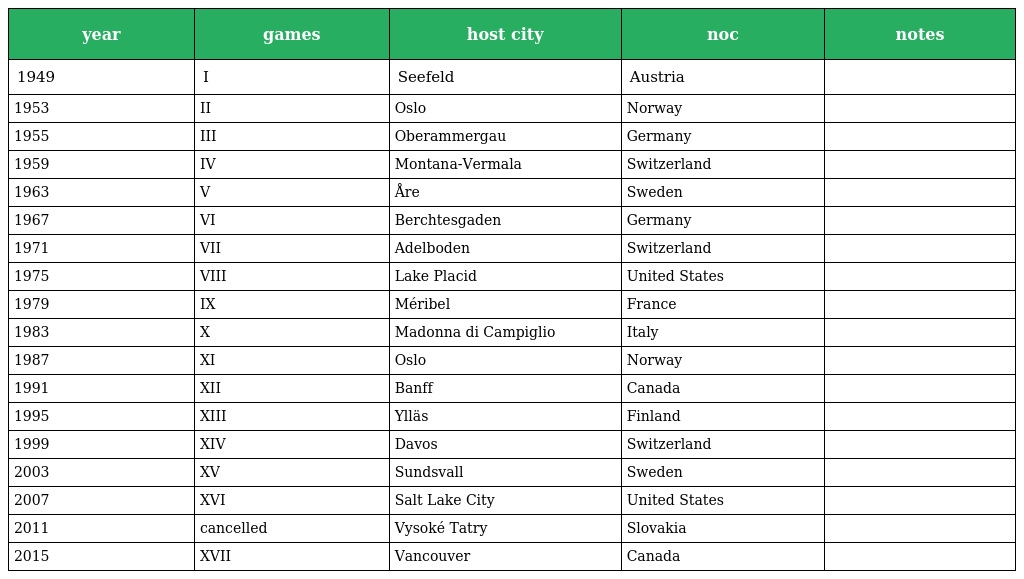
| year | games | host city | noc | notes |
 | --- | --- | --- | --- | --- |
 | 1949 | I | Seefeld | Austria |  |
 | 1953 | II | Oslo | Norway |  |
 | 1955 | III | Oberammergau | Germany |  |
 | 1959 | IV | Montana-Vermala | Switzerland |  |
 | 1963 | V | Åre | Sweden |  |
 | 1967 | VI | Berchtesgaden | Germany |  |
 | 1971 | VII | Adelboden | Switzerland |  |
 | 1975 | VIII | Lake Placid | United States |  |
 | 1979 | IX | Méribel | France |  |
 | 1983 | X | Madonna di Campiglio | Italy |  |
 | 1987 | XI | Oslo | Norway |  |
 | 1991 | XII | Banff | Canada |  |
 | 1995 | XIII | Ylläs | Finland |  |
 | 1999 | XIV | Davos | Switzerland |  |
 | 2003 | XV | Sundsvall | Sweden |  |
 | 2007 | XVI | Salt Lake City | United States |  |
 | 2011 | cancelled | Vysoké Tatry | Slovakia |  |
 | 2015 | XVII | Vancouver | Canada |  |